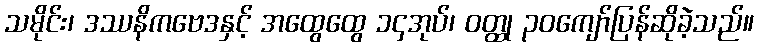
သမိုင်း၊ ဒဿနိကဗေဒနှင့် အထွေထွေ ၁၄အုပ်၊ ဝတ္ထု ၃၀ကျော်ပြန်ဆိုခဲ့သည်။